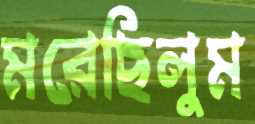
মরেছিলুম